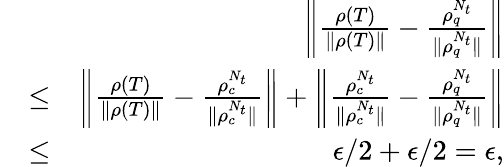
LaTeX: \begin{array}{rlr}&{}&{\bigg\| \frac{\rho(T)}{\| \rho(T)\| }-\frac{\rho_{q}^{N_{t}}}{\| \rho_{q}^{N_{t}}\| }\bigg\| }\\ &{\leq}&{\bigg\| \frac{\rho(T)}{\| \rho(T)\| }-\frac{\rho_{c}^{N_{t}}}{\| \rho_{c}^{N_{t}}\| }\bigg\| +\bigg\| \frac{\rho_{c}^{N_{t}}}{\| \rho_{c}^{N_{t}}\| }-\frac{\rho_{q}^{N_{t}}}{\| \rho_{q}^{N_{t}}\| }\bigg\| }\\ &{\leq}&{\epsilon/2+\epsilon/2=\epsilon,}\end{array}